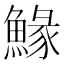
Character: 䱲